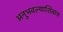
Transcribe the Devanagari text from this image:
अनुभवल्याशिवाय